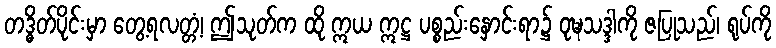
တဒ္ဓိတ်ပိုင်းမှာ တွေ့ရလတ္တံ့၊ ဤသုတ်က ထို ဣယ ဣဋ္ဌ ပစ္စည်းနှောင်းရာ၌ ဝုဍ္ဎသဒ္ဒါကို ဇပြုသည်၊ ရုပ်ကို